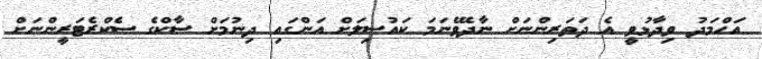
އަހްމަދު ވިދާޅުވީ އެ ދަތަރިންނަށް ނާދެވޭނަމަ ކައުސިލަށް އަންގައި ދިނުމަށް ސާކްގެ ސެކްރެޓަރީންނަށް